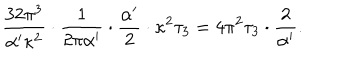
{ \frac { 3 2 \pi ^ { 3 } } { \alpha ^ { \prime } \kappa ^ { 2 } } } \cdot { \frac { 1 } { 2 \pi \alpha ^ { \prime } } } \cdot { \frac { \alpha ^ { \prime } } { 2 } } \cdot \kappa ^ { 2 } \tau _ { 3 } = 4 \pi ^ { 2 } \tau _ { 3 } \cdot { \frac { 2 } { \alpha ^ { \prime } } } .